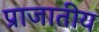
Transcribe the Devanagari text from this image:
प्राजातीय